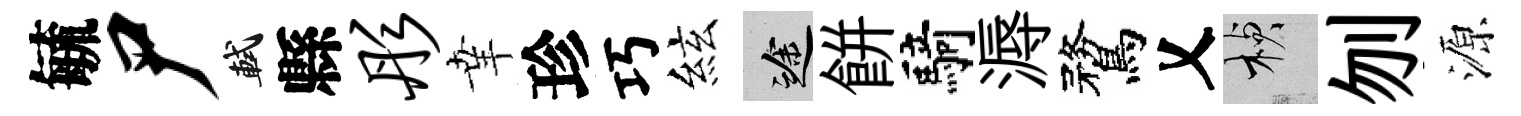
毓尸軾縣彤𦍒珍巧絃途餅騎溽鶩乂楨刎源